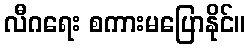
လီဂရေး စကားမပြောနိုင်။